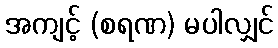
အကျင့် (စရဏ) မပါလျှင်